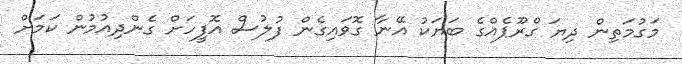
މަގުމަތިން ދިޔަ ގްރޫޕެއްގެ ބަޔަކު އޭނާ ގޮވައިގެން ފުލުސް އޮފީހަށް ގެންދިއުމުން ކަމަށް